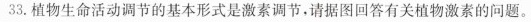
33.植物生命活动调节的基本形式是激素调节，请据图回答有关植物激素的问题。